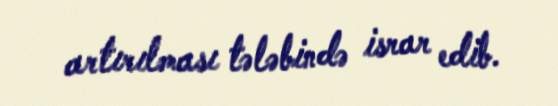
artırılması tələbində israr edib.